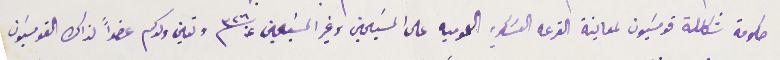
حكومة شكلة قومسَيون لمعاينة القرعه العسَكريه العموميه على المسَيحين وغير المسَيحين عن سنه ٣٢٦ وتعين ولدكم عضواً لذاك القومسَيون